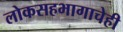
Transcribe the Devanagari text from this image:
लोकसहभागाचेही